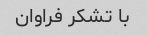
با تشکر فراوان